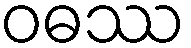
ဝဓဿ